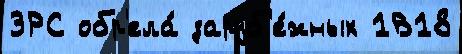
ЗРС обр'ела́ заруб'е́жных 1В18